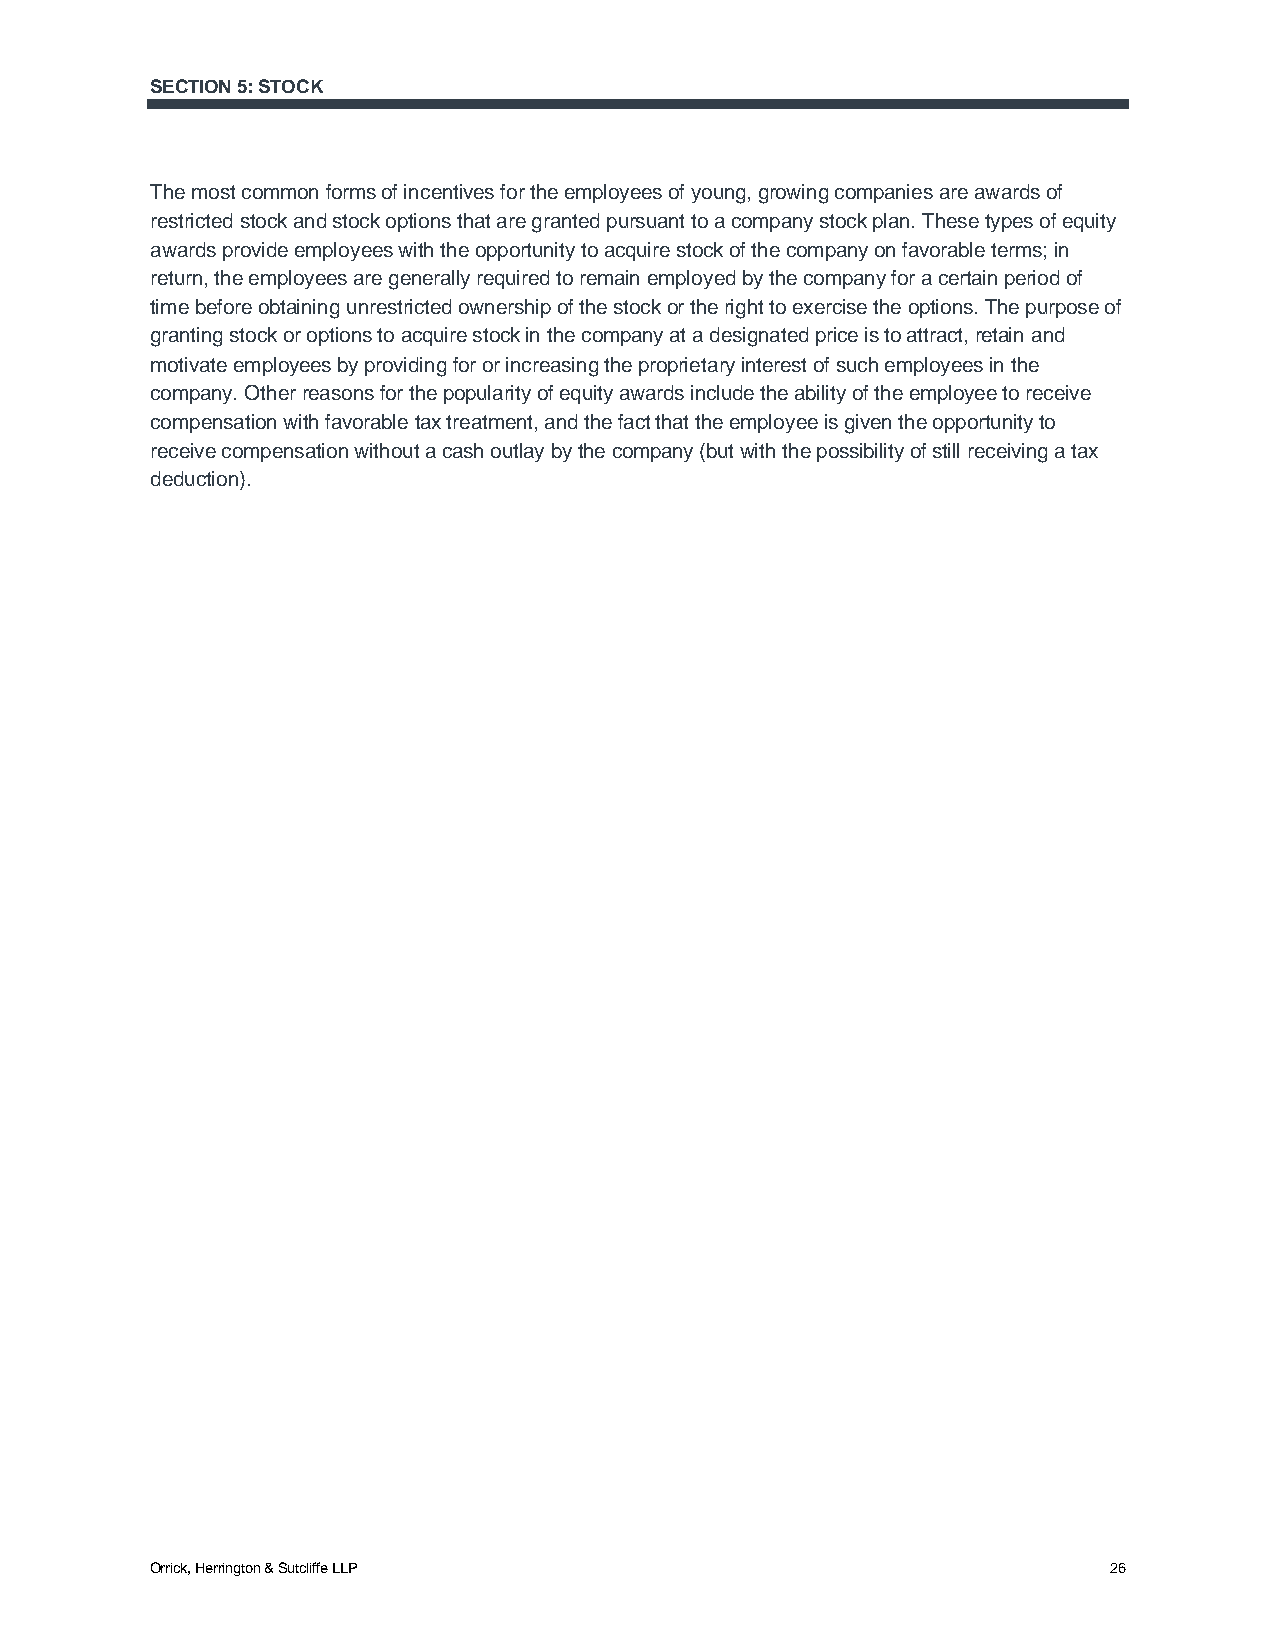
SECTION 5: STOCK
 The most common forms of incentives for the employees of young, growing companies are awards of
 restricted stock and stock options that are granted pursuant to a company stock plan. These types of equity
 awards provide employees with the opportunity to acquire stock of the company on favorable terms; in
 return, the employees are generally required to remain employed by the company for a certain period of
 time before obtaining unrestricted ownership of the stock or the right to exercise the options. The purpose of
 granting stock or options to acquire stock in the company at a designated price is to attract, retain and
 motivate employees by providing for or increasing the proprietary interest of such employees in the
 company. Other reasons for the popularity of equity awards include the ability of the employee to receive
 compensation with favorable tax treatment, and the fact that the employee is given the opportunity to
 receive compensation without a cash outlay by the company (but with the possibility of still receiving a tax
 deduction).
 Orrick, Herrington & Sutcliffe LLP                             26